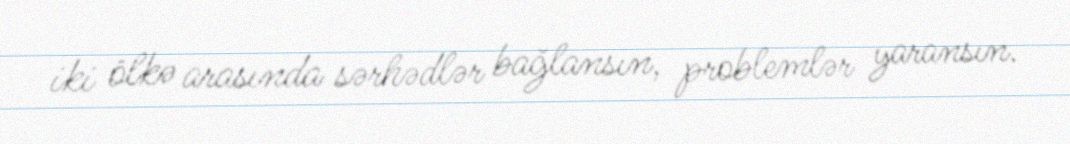
iki ölkə arasında sərhədlər bağlansın, problemlər yaransın.